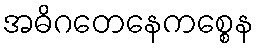
အဓိဂတေနေကစ္စေန